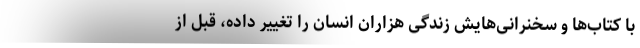
با کتاب‌ها و سخنرانی‌هایش زندگی هزاران انسان را تغییر داده، قبل از